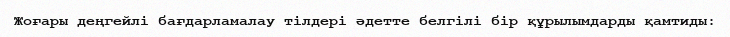
Жоғары деңгейлі бағдарламалау тілдері әдетте белгілі бір құрылымдарды қамтиды: